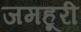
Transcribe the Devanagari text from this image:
जमहूरी